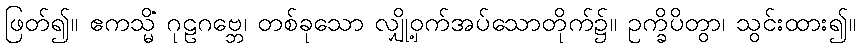
ဖြတ်၍။ ဧကသ္မိံ ဂုဠဂဗ္ဘေ၊ တစ်ခုသော လျှို့ဝှက်အပ်သောတိုက်၌။ ဥက္ခိပိတွာ၊ သွင်းထား၍။